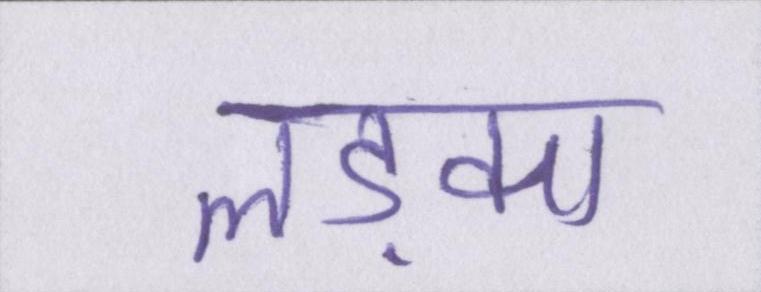
लड़का